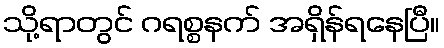
သို့ရာတွင် ဂရစ္စနက် အရှိန်ရနေပြီ။